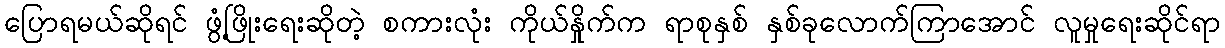
ပြောရမယ်ဆိုရင် ဖွံ့ဖြိုးရေးဆိုတဲ့ စကားလုံး ကိုယ်နှိုက်က ရာစုနှစ် နှစ်ခုလောက်ကြာအောင် လူမှုရေးဆိုင်ရာ